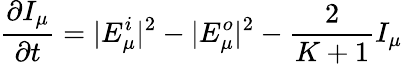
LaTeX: \frac{\partial I_{\mu}}{\partial t}=|E_{\mu}^{i}|^{2}-|E_{\mu}^{o}|^{2}-\frac{2}{K+1}I_{\mu}